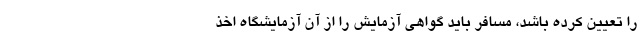
را تعیین کرده باشد، مسافر باید گواهی آزمایش را از آن آزمایشگاه اخذ